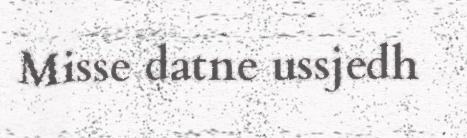
Misse datne ussjedh